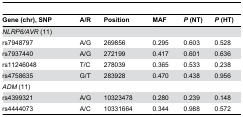
| Gene (chr), SNP | A/R | Position | MAF | P (NT) | P (HT) |
 | --- | --- | --- | --- | --- | --- |
 | NLRP6/AVR (11) |  |  |  |  |  |
 | rs7948797 | A/G | 269856 | 0.295 | 0.603 | 0.528 |
 | rs7937440 | A/G | 272199 | 0.417 | 0.601 | 0.636 |
 | rs11246048 | T/C | 278039 | 0.365 | 0.533 | 0.238 |
 | rs4758635 | G/T | 283928 | 0.470 | 0.438 | 0.956 |
 | ADM (11) |  |  |  |  |  |
 | rs4399321 | A/G | 10323478 | 0.280 | 0.239 | 0.148 |
 | rs4444073 | A/C | 10331664 | 0.344 | 0.988 | 0.572 |